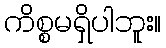
ကိစ္စမရှိပါဘူး။